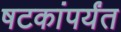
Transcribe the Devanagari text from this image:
षटकांपर्यंत